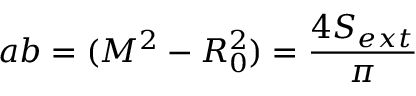
a b = ( M ^ { 2 } - R _ { 0 } ^ { 2 } ) = \frac { 4 S _ { e x t } } { \pi }